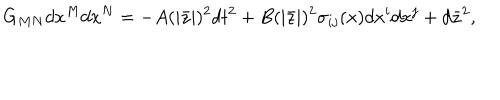
LaTeX: G _ { M N } d x ^ { M } d x ^ { N } = - A ( | \bar { z } | ) ^ { 2 } d t ^ { 2 } + B ( | \bar { z } | ) ^ { 2 } \sigma _ { i j } ( x ) d x ^ { i } d x ^ { j } + d \bar { z } ^ { 2 } ,